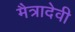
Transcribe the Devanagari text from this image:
मैत्रादेवी